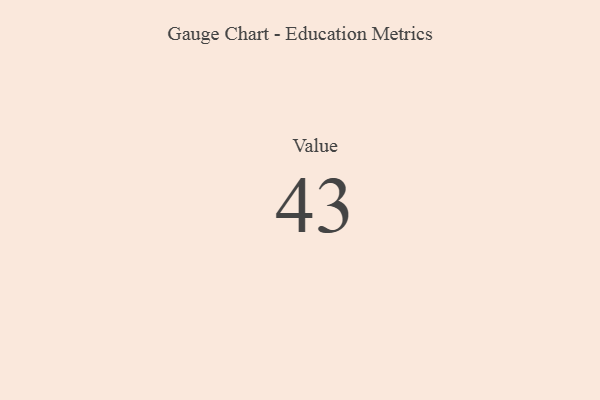
{"axis": {"x": "Metric", "y": "Value"}, "legend": [""], "data": [{"x": "Value", "y": 43, "type": ""}]}